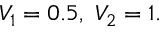
V _ { 1 } = 0 . 5 , ~ V _ { 2 } = 1 .